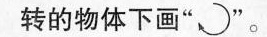
转的物体下画“”。